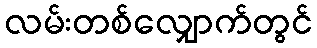
လမ်းတစ်လျှောက်တွင်